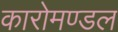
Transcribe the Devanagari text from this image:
कारोमण्डल